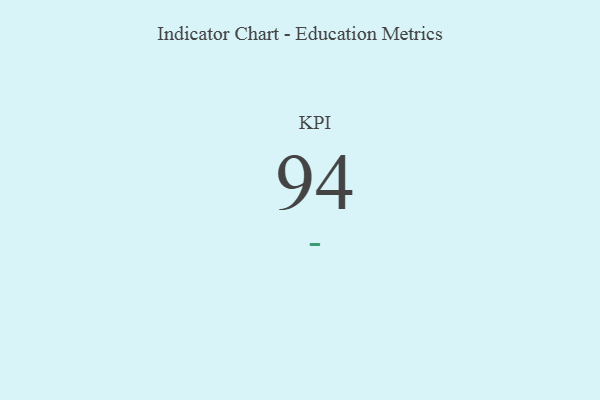
{"axis": {"x": "KPI", "y": "Value"}, "legend": [""], "data": [{"x": "KPI", "y": 94, "type": ""}]}